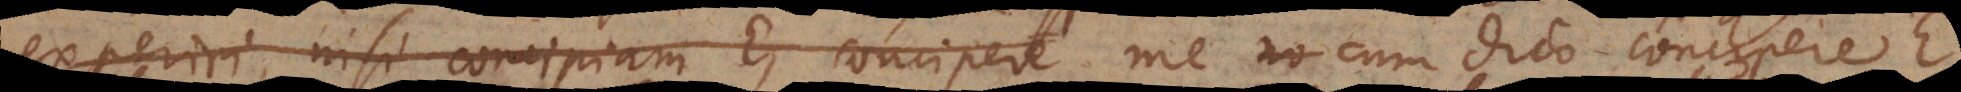
experiri, nisi concipiam E, concipere me cum dico concipere E,